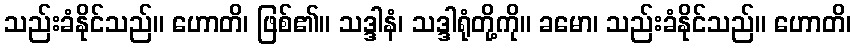
သည်းခံနိုင်သည်။ ဟောတိ၊ ဖြစ်၏။ သဒ္ဒါနံ၊ သဒ္ဒါရုံတို့ကို။ ခမော၊ သည်းခံနိုင်သည်။ ဟောတိ၊